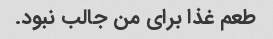
طعم غذا برای من جالب نبود.